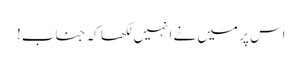
اس پر میں نے انہیں لکھا کہ جناب!